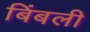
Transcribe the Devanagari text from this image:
बिंबली